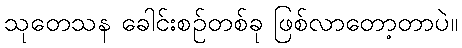
သုတေသန ခေါင်းစဉ်တစ်ခု ဖြစ်လာတော့တာပဲ။